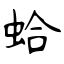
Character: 蛤